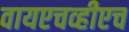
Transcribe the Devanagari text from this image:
वायएचव्हीएच